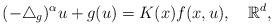
LaTeX: \begin{align*}(-\triangle_{g})^{\alpha}u+g(u)=K(x)f(x,u),\ \ \ \mathbb{R}^{d},\end{align*}